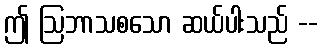
ဤ ဩဘာသစသော ဆယ်ပါးသည် --